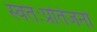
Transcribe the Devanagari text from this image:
स्वतःप्रतिजनों